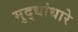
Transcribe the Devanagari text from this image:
मुद्द्यांधारे